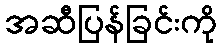
အဆီပြန်ခြင်းကို